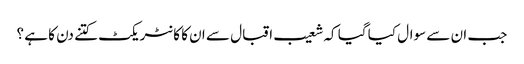
جب ان سے سوال کیا گیا کہ شعیب اقبال سے ان کا کا نٹر یکٹ کتنے دن کا ہے ؟